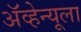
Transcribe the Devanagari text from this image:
ॲव्हेन्यूला